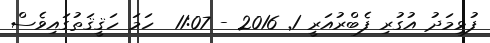
ފުޅިމަދު އުގުރި ފެބްރުއަރީ 1